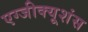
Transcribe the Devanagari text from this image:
एग्जीक्यूशंस